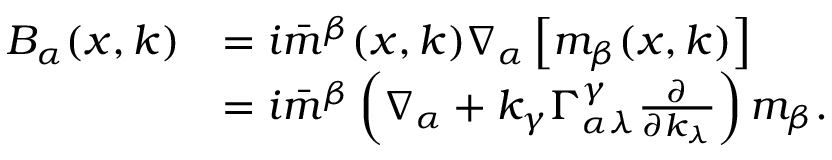
\begin{array} { r l } { B _ { \alpha } ( x , k ) } & { = i \bar { m } ^ { \beta } ( x , k ) \nabla _ { \alpha } \left[ m _ { \beta } ( x , k ) \right] } \\ & { = i \bar { m } ^ { \beta } \left( \nabla _ { \alpha } + k _ { \gamma } \Gamma _ { \alpha \lambda } ^ { \gamma } \frac { \partial } { \partial k _ { \lambda } } \right) m _ { \beta } . } \end{array}